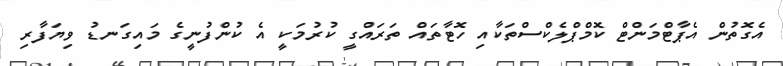
އެގޮތުން އެޕާޓްމަންޓް ކޮމްޕްލެކްސްތަކާއި ހޮޓާތައް ތަރައްގީ ކުރުމަކީ އެ ކުންފުނީގެ މައިގަނޑު ވިޔަފާރި